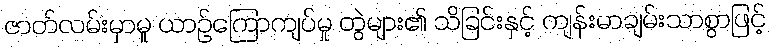
ဇာတ်လမ်းမှာမူ ယာဉ်ကြောကျပ်မှု တွဲများ၏ သိခြင်းနှင့် ကျန်းမာချမ်းသာစွာဖြင့်